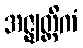
အဇ္ဈတ္တိကံ